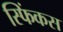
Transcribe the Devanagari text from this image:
स्फिंकस